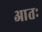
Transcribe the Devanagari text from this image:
आतः